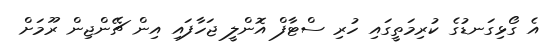
އެ ގޯޅިގަނޑުގެ ކުރިމަތީގައި ހުރި ސްޓާފް އޮންލީ ޖަހާފައި އިން ޗޭންޖިން ރޫމަށް